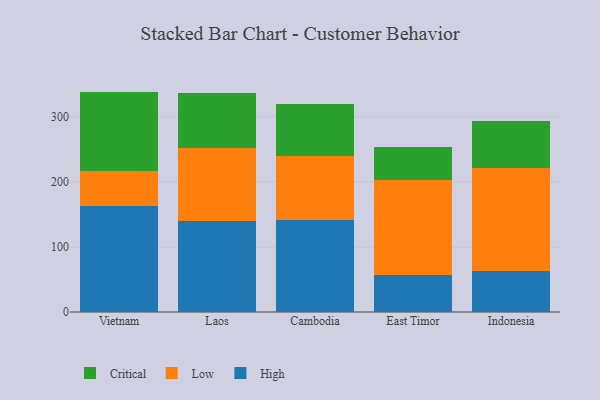
{"axis": {"x": "Country", "y": "Energy Usage (MWh)"}, "legend": ["Critical", "High", "Low"], "data": [{"x": "Vietnam", "y": 162.9, "type": "High"}, {"x": "Vietnam", "y": 54.2, "type": "Low"}, {"x": "Vietnam", "y": 121.6, "type": "Critical"}, {"x": "Laos", "y": 139.5, "type": "High"}, {"x": "Laos", "y": 112.2, "type": "Low"}, {"x": "Laos", "y": 84.8, "type": "Critical"}, {"x": "Cambodia", "y": 141.9, "type": "High"}, {"x": "Cambodia", "y": 97.6, "type": "Low"}, {"x": "Cambodia", "y": 80.4, "type": "Critical"}, {"x": "East Timor", "y": 56.2, "type": "High"}, {"x": "East Timor", "y": 146.3, "type": "Low"}, {"x": "East Timor", "y": 50.4, "type": "Critical"}, {"x": "Indonesia", "y": 62.5, "type": "High"}, {"x": "Indonesia", "y": 158.4, "type": "Low"}, {"x": "Indonesia", "y": 72.1, "type": "Critical"}]}